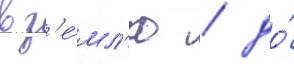
в з'е́мл'ю / до́